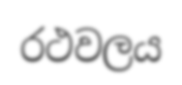
රථවලය